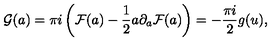
{ \cal G } ( a ) = \pi i \left( { \cal F } ( a ) - { \frac { 1 } { 2 } } a \partial _ { a } { \cal F } ( a ) \right) = - { \frac { \pi i } { 2 } } g ( u ) ,